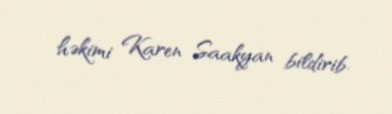
həkimi Karen Saakyan bildirib.